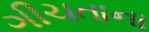
ગીચતાના